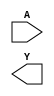
module decoder (A,Y);

input [1:0] A;
output [3:0] Y;

`ifdef DATAFLOW_LEVEL1

assign Y[0] =  (~A[1]   &   ~A[0]);    
assign Y[1] =  (~A[1]   &    A[0]);  
assign Y[2] =  ( A[1]   &   ~A[0]);  
assign Y[3] =  ( A[1]   &    A[0]); 

`elsif DATAFLOW_LEVEL2 

assign Y[0] =   (A == 2'b00);
assign Y[1] =   (A == 2'b01);
assign Y[2] =   (A == 2'b10);
assign Y[3] =   (A == 2'b11);

`endif

endmodule